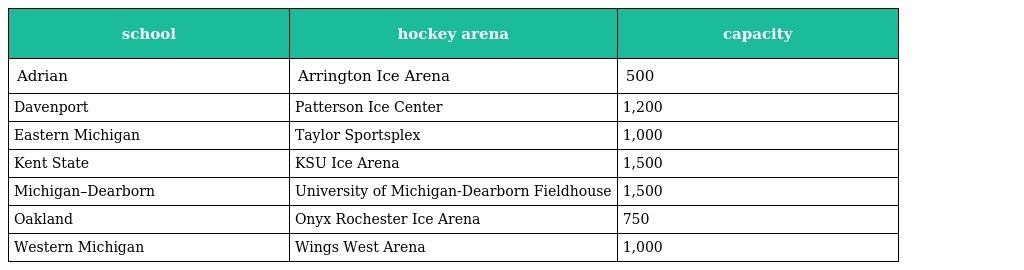
| school | hockey arena | capacity |
 | --- | --- | --- |
 | Adrian | Arrington Ice Arena | 500 |
 | Davenport | Patterson Ice Center | 1,200 |
 | Eastern Michigan | Taylor Sportsplex | 1,000 |
 | Kent State | KSU Ice Arena | 1,500 |
 | Michigan–Dearborn | University of Michigan-Dearborn Fieldhouse | 1,500 |
 | Oakland | Onyx Rochester Ice Arena | 750 |
 | Western Michigan | Wings West Arena | 1,000 |